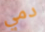
دمي